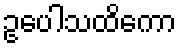
ဥပေါသထိကော